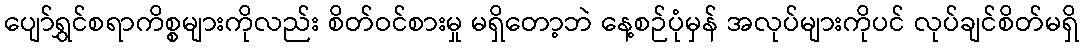
ပျော်ရွှင်စရာကိစ္စများကိုလည်း စိတ်ဝင်စားမှု မရှိတော့ဘဲ နေ့စဉ်ပုံမှန် အလုပ်များကိုပင် လုပ်ချင်စိတ်မရှိ